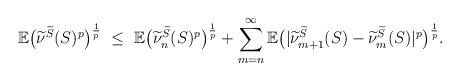
LaTeX: \begin{align*}\mathbb{E}\big(\widetilde{\nu}^{\widetilde{S}}(S)^{p}\big)^{\frac{1}{p}}\ \le\ \mathbb{E}\big(\widetilde{\nu}_{n}^{\widetilde{S}}(S)^p\big)^{\frac{1}{p}}+\sum_{m=n}^\infty \mathbb{E}\big(|\widetilde{\nu}_{m+1}^{\widetilde{S}}(S)-\widetilde{\nu}_{m}^{\widetilde{S}}(S)|^p\big)^{\frac{1}{p}}.\end{align*}